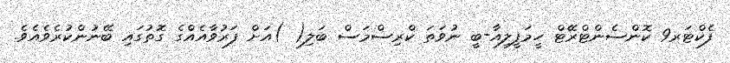
ފެކްޓަރ9 ކޮންސެންޓްރޭޓް ހީމަފީލިއާ-ބީ ނުވަތަ ކްރިސްމަސް ބަލި( )އަށް ފަރުވާއެއްގެ ގޮތުގައި ބޭނުންކުރެވެއެވެ.